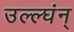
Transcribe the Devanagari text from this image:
उल्ल्घंन्